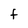
Character: F